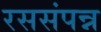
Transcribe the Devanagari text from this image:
रससंपन्न